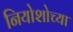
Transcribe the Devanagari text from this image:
नियोशोच्या